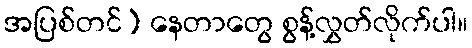
အပြစ်တင်) နေတာတွေ စွန့်လွှတ်လိုက်ပါ။